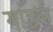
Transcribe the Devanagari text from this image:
यांडल